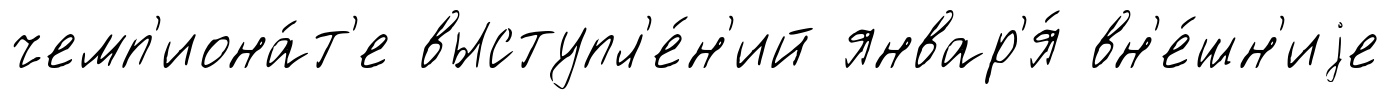
чемп'иона́т'е выступл'е́н'ий январ'я́ вн'е́шн'иjе